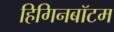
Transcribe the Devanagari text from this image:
हिगिनबॉटम